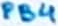
Text: PB4